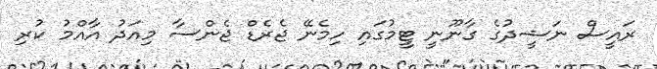
ރައީސް ނަޝީދުގެ ގާނޫނީ ޓީމުގައި ހިމެނޭ ޖެރެޑް ޖެންސާ މިއަދު އާއްމު ކުރި